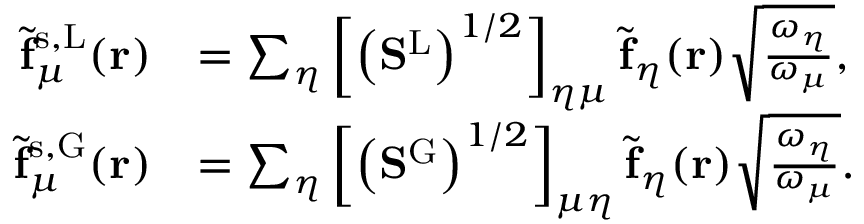
\begin{array} { r l } { \tilde { \mathbf { f } } _ { \mu } ^ { \mathrm { s , L } } ( \mathbf { r } ) } & { = \sum _ { \eta } \left[ \left( \mathbf { S } ^ { \mathrm { L } } \right) ^ { 1 / 2 } \right] _ { \eta \mu } \tilde { \mathbf { f } } _ { \eta } ( \mathbf { r } ) \sqrt { \frac { \omega _ { \eta } } { \omega _ { \mu } } } , } \\ { \tilde { \mathbf { f } } _ { \mu } ^ { \mathrm { s , G } } ( \mathbf { r } ) } & { = \sum _ { \eta } \left[ \left( \mathbf { S } ^ { \mathrm { G } } \right) ^ { 1 / 2 } \right] _ { \mu \eta } \tilde { \mathbf { f } } _ { \eta } ( \mathbf { r } ) \sqrt { \frac { \omega _ { \eta } } { \omega _ { \mu } } } . } \end{array}